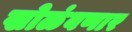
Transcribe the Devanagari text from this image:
खोळंबणार